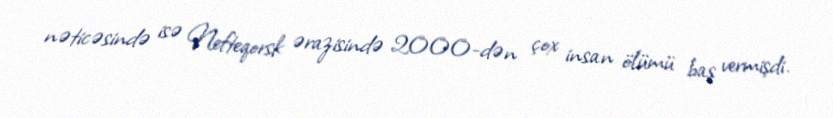
nəticəsində isə Nefteqorsk ərazisində 2000-dən çox insan ölümü baş vermişdi.